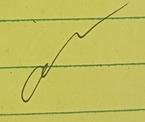
Signature authenticity: genuine